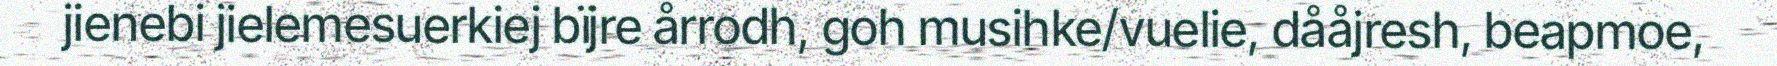
jienebi jielemesuerkiej bïjre årrodh, goh musihke/vuelie, dååjresh, beapmoe,